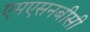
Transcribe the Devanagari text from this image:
एमएसनबीसी